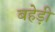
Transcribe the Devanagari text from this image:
बहेड़ी